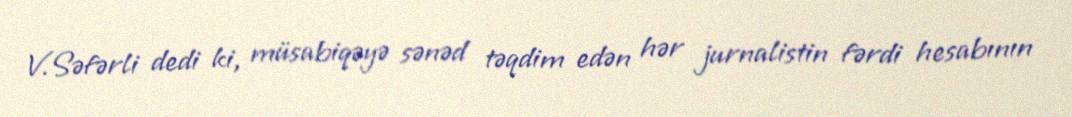
V.Səfərli dedi ki, müsabiqəyə sənəd təqdim edən hər jurnalistin fərdi hesabının